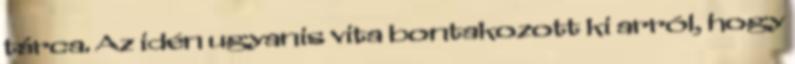
tárca. Az idén ugyanis vita bontakozott ki arról, hogy